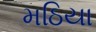
મઠિયા